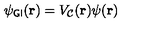
\psi _ { \sf G I } ( { \bf { r } } ) = V _ { \cal { C } } ( { \bf { r } } ) \psi ( { \bf { r } } )